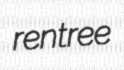
rentree